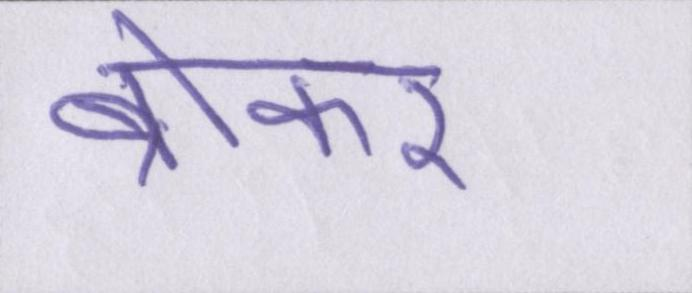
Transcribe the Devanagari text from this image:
ब्रोकर